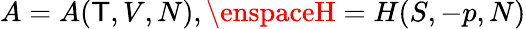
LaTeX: A=A(\mathsf{T},V,N),\enspaceH=H(S,-p,N)